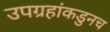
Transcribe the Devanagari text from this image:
उपग्रहांकडुनच